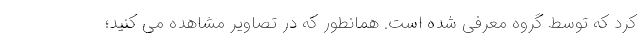
کرد که توسط گروه معرفی شده است. همانطور که در تصاویر مشاهده می کنید؛